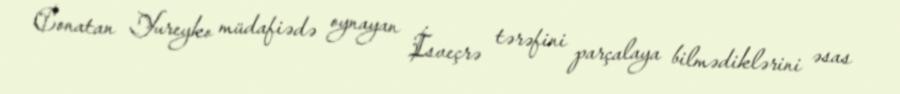
Conatan Yureyko müdafiədə oynayan İsveçrə tərəfini parçalaya bilmədiklərini əsas